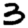
Digit: 3